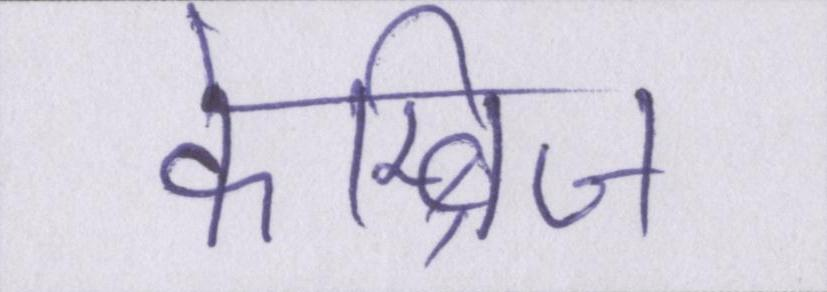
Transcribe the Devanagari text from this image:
केम्ब्रिज